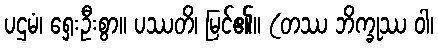
ပဌမံ၊ ရှေးဦးစွာ။ ပဿတိ၊ မြင်၏။ (တဿ ဘိက္ခုဿ ဝါ၊